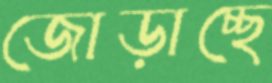
জোড়াচ্ছে